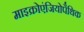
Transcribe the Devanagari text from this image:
माइक्रोएंजियोपैथिक